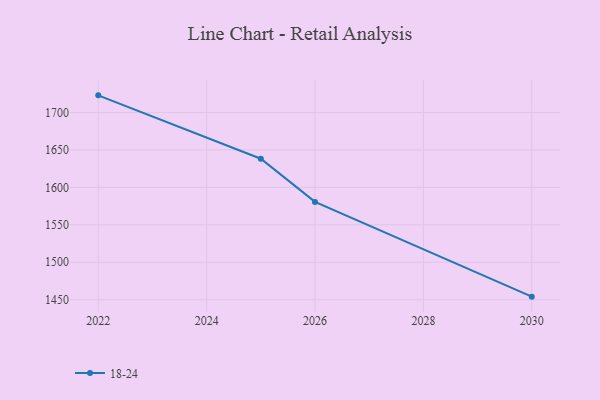
{"axis": {"x": "Year", "y": "Energy Usage (MWh)"}, "legend": ["18-24"], "data": [{"x": "2022", "y": 1722.8, "type": "18-24"}, {"x": "2025", "y": 1638.2, "type": "18-24"}, {"x": "2026", "y": 1580.6, "type": "18-24"}, {"x": "2030", "y": 1454.1, "type": "18-24"}]}